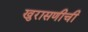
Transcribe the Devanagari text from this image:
खुरासणीची